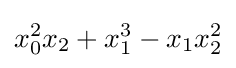
x_{0}^{2}x_{2}+x_{1}^{3}-x_{1}x_{2}^{2}